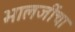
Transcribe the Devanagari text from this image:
भालजींचा